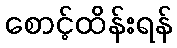
စောင့်ထိန်းရန်